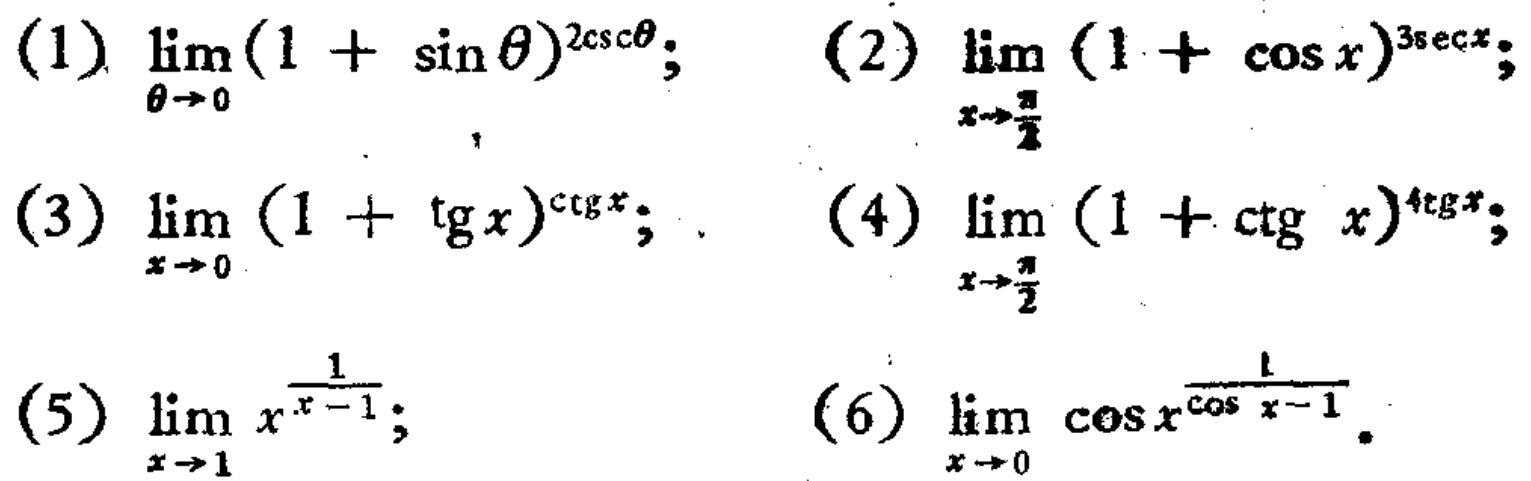
(1) \(\lim_{\theta \to 0}(1 + \sin\theta)^{2\csc\theta}\); (2) \(\lim_{x \to \frac{\pi}{2}}(1 + \cos x)^{3\sec x}\);
(3) \(\lim_{x \to 0}(1 + \tg x)^{\ctg x}\); (4) \(\lim_{x \to \frac{\pi}{2}}(1 + \ctg x)^{4\tg x}\);
(5) \(\lim_{x \to 1}x^{\frac{1}{x - 1}}\); (6) \(\lim_{x \to 0}\cos x^{\frac{1}{\cos x - 1}}\)